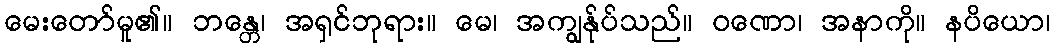
မေးတော်မူ၏။ ဘန္တေ၊ အရှင်ဘုရား။ မေ၊ အကျွန်ုပ်သည်။ ဝဏော၊ အနာကို။ နပိယော၊